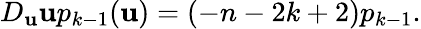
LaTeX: D_{\mathbf{u}}\mathbf{u}p_{k-1}(\mathbf{u})=(-n-2k+2)p_{k-1}.